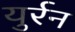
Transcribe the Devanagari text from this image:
युर्रन